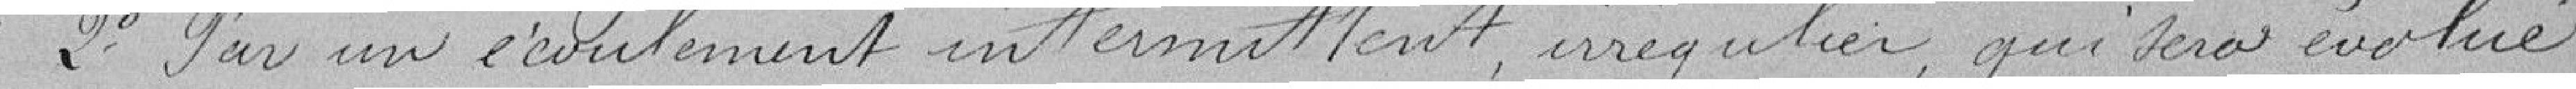
2° Par un écoulement intermittent, irrégulier, qui sera évalué